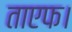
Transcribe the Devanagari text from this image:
ताएफ।